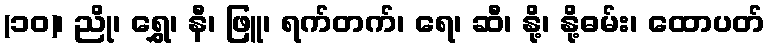
(၁၀)၊ ညို၊ ရွှေ၊ နီ၊ ဖြူ၊ ရက်တက်၊ ရေ၊ ဆီ၊ နို့၊ နို့ဓမ်း၊ ထောပတ်